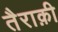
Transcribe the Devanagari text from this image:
तैराक़ी